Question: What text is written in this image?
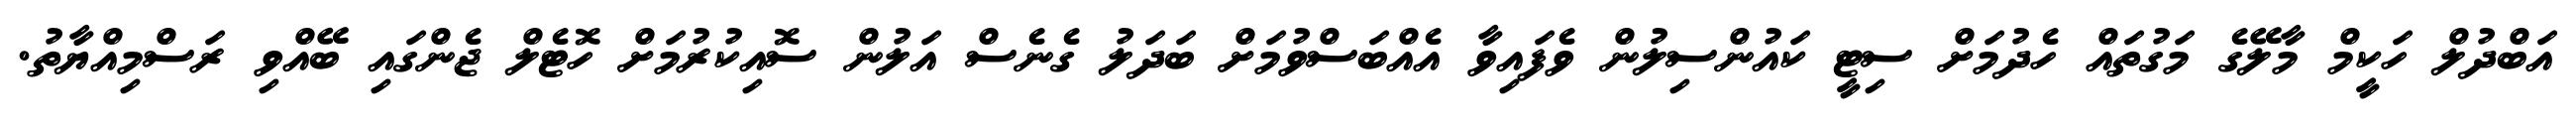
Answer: އަބްދުލް ހަކީމް މާލޭގެ މަގުތައް ހެދުމަށް ސިޓީ ކައުންސިލުން ވެފައިވާ އެއްބަސްވުމަށް ބަދަލު ގެނެސް އަލުން ސޮއިކުރުމަށް ހޮޓެލް ޖެންގައި ބޭއްވި ރަސްމިއްޔާތު.